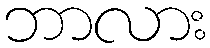
ဘာလား